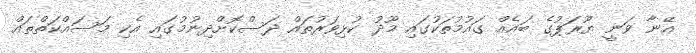
އޭނާ ވަނީ ޔޫރަޕުގެ ބައެއް ގައުމުތަކުގައި މޫދު ކުޅިވަރުތައް ދަސްކޮށްދިނުމުގައި އެކި މަސައްކަތްތައް